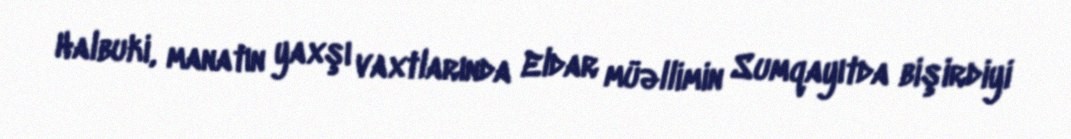
Halbuki, manatın yaxşı vaxtlarında Eldar müəllimin Sumqayıtda bişirdiyi